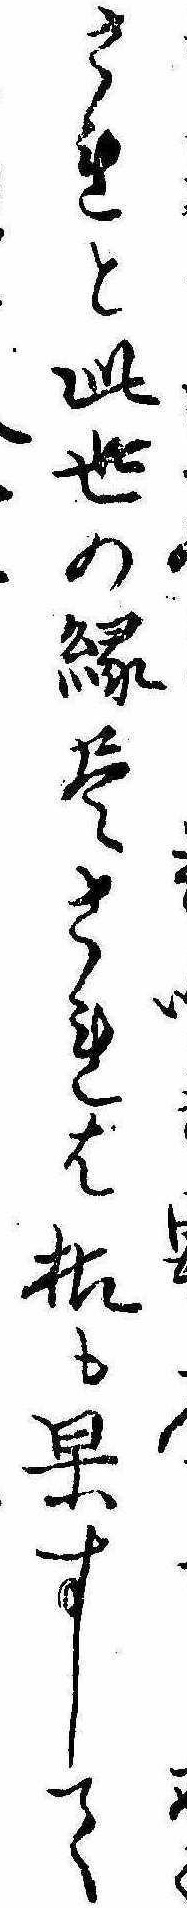
されと此世の縁尽されは枯も果すして